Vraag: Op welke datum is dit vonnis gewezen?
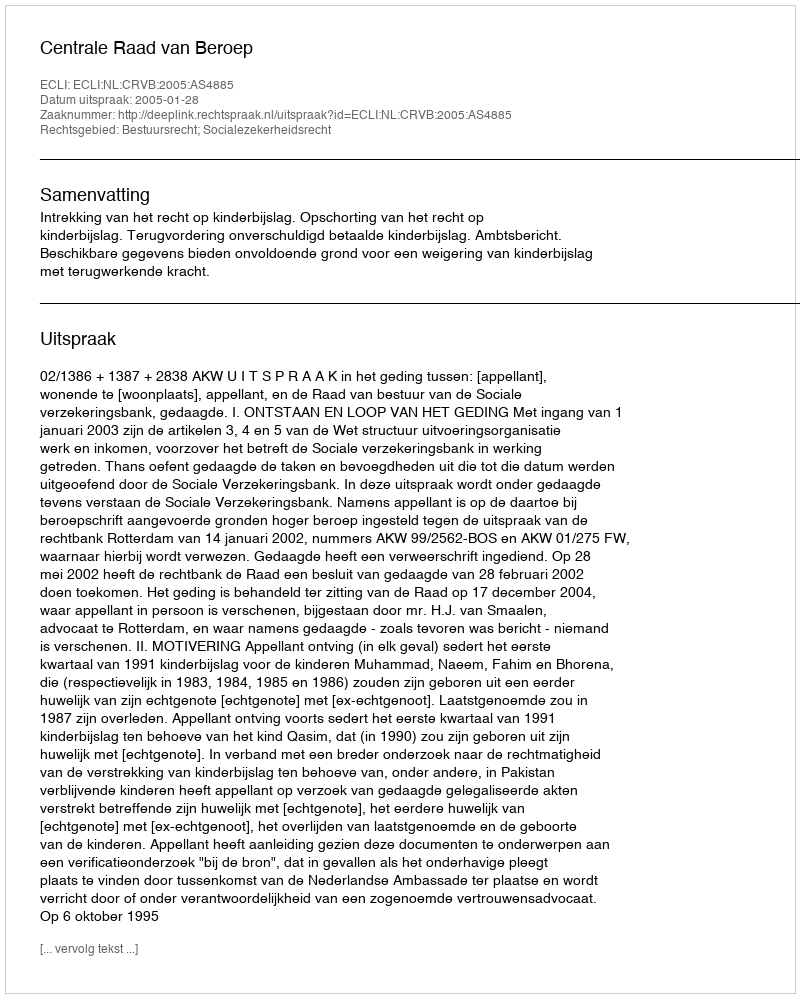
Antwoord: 2005-01-28